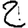
Digit: 2